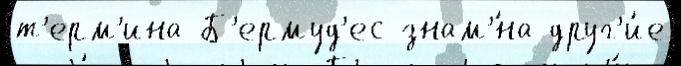
т'ерм'ина Б'ермуд'ес знам'́на друг'и́е